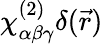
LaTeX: \chi_{\alpha\beta\gamma}^{(2)}\delta(\vec{r})